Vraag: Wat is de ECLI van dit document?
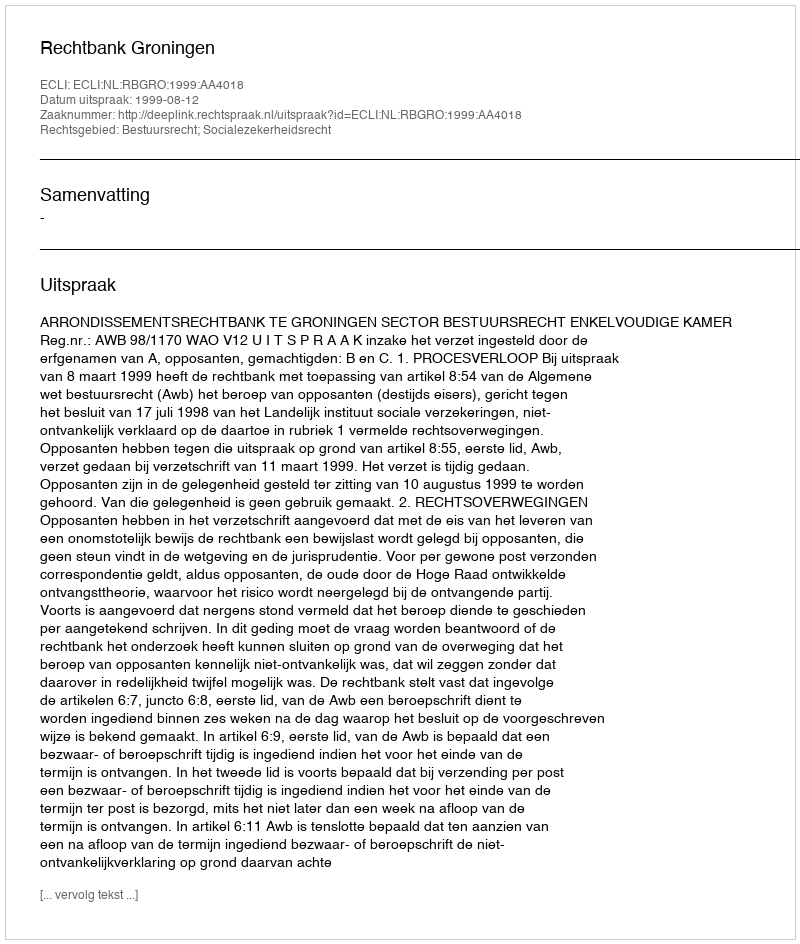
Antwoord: ECLI:NL:RBGRO:1999:AA4018